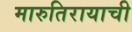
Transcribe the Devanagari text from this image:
मारुतिरायाची